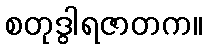
စတုဒွါရဇာတက။